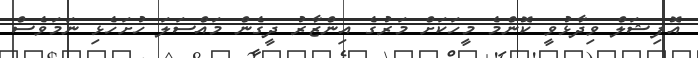
އޮފިޝަލް ވިދާޅުވީ ކޮންމެ މީހަކަށް މަރުގެ އިންޒާރު ދީގެން މައްސަލަ ހުށަހެޅި ނަމަވެސް